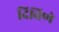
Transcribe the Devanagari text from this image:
दिविणे